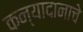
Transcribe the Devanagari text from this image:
कन्यादानाचे